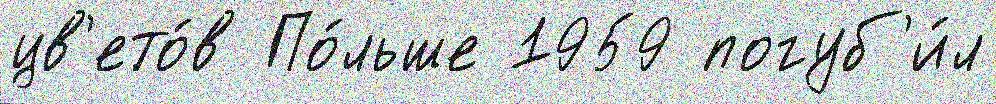
цв'ето́в По́льше 1959 погуб'и́л